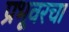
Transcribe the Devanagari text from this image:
प्रभूवरचा